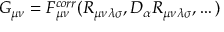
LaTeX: G _ { \mu \nu } = F _ { \mu \nu } ^ { c o r r } ( R _ { \mu \nu \lambda \sigma } , D _ { \alpha } R _ { \mu \nu \lambda \sigma } , \dots )